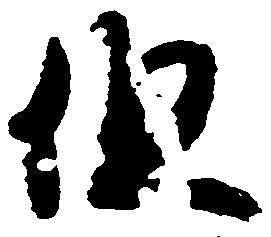
但